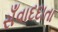
સઁવાદદાતા